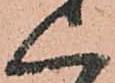
く